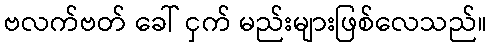
ဗလက်ဗတ် ခေါ် ငှက် မည်းများဖြစ်လေသည်။